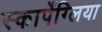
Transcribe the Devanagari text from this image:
स्कार्पेग्लिया